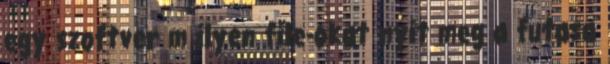
egy szoftver m ilyen file-okat nyit meg a futasa